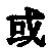
或